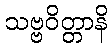
သဗ္ဗဝိတ္တာနိ